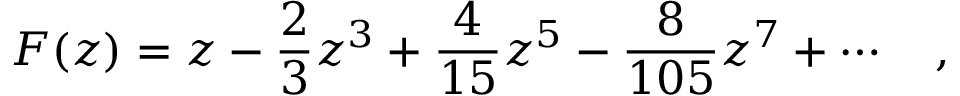
F ( z ) = z - \frac { 2 } { 3 } z ^ { 3 } + \frac { 4 } { 1 5 } z ^ { 5 } - \frac { 8 } { 1 0 5 } z ^ { 7 } + \cdots \quad ,